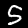
Label: 5